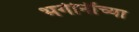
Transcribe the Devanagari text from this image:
भगीनींच्या